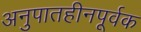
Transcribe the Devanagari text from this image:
अनुपातहीनपूर्वक